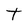
Character: t